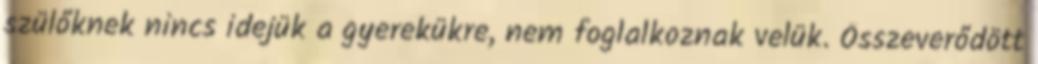
szülőknek nincs idejük a gyerekükre, nem foglalkoznak velük. Összeverődött